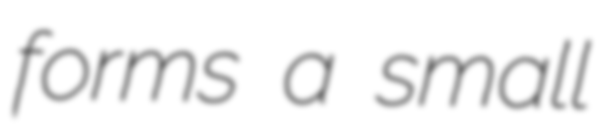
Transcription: forms a small